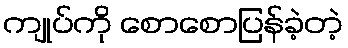
ကျုပ်ကို စောစောပြန်ခဲ့တဲ့